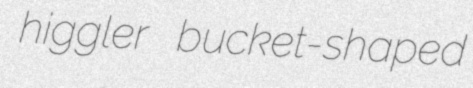
higgler bucket-shaped